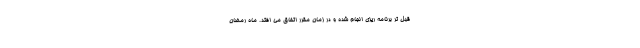
قبل تر برنامه ریزی انجام شده و در زمان مقرر اتفاق می افتد. ماه رمضان